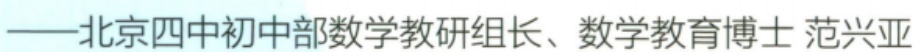
——北京四中初中部数学教研组长、数学教育博士 范兴亚